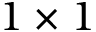
1 \times 1